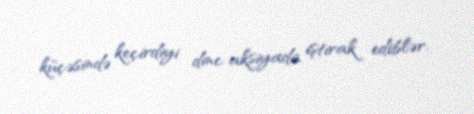
küçəsində keçirdiyi dinc aksiyada iştirak ediblər.